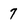
Character: 7